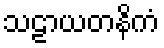
သဠာယတနိကံ